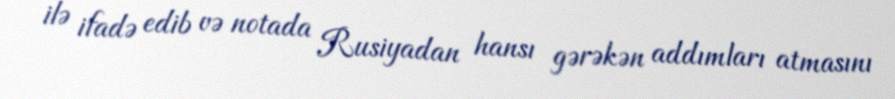
ilə ifadə edib və notada Rusiyadan hansı gərəkən addımları atmasını